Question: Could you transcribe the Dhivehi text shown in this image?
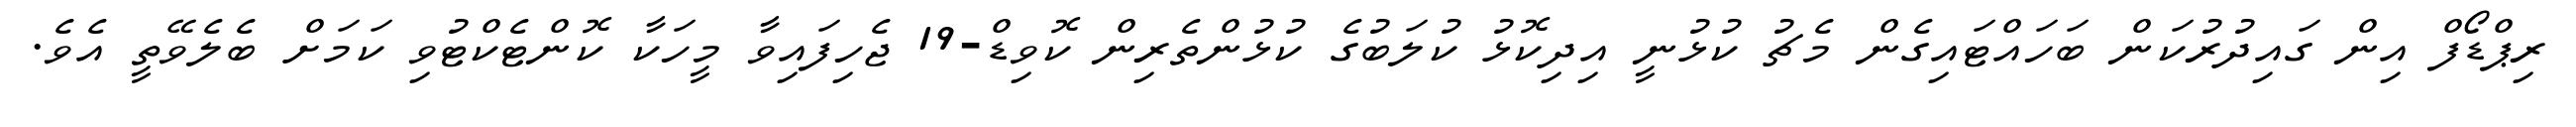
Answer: ރިޕްޑޯފް އިން ގައިދުރުކަން ބަހައްޓައިގެން މެޗު ކުޅުނީ އިދިކޮޅު ކުލަބުގެ ކުޅުންތެރިން ކޮވިޑް-19 ޖެހިފައިވާ މީހަކާ ކޮންޓެކްޓުވި ކަމަށް ބެލެވޭތީ އެވެ.